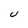
Character: u